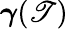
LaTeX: {\boldsymbol\gamma}(\mathscr{T})